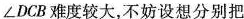
\angle DCB难度较大，不妨设想分别把